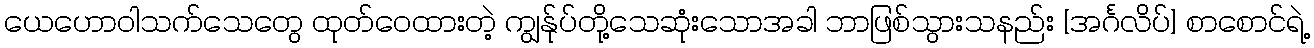
ယေဟောဝါသက်သေတွေ ထုတ်ဝေထားတဲ့ ကျွန်ုပ်တို့သေဆုံးသောအခါ ဘာဖြစ်သွားသနည်း [အင်္ဂလိပ်] စာစောင်ရဲ့